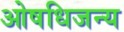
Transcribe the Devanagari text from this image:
ओषधिजन्य